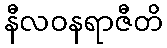
နီလဝနရာဇီတိ